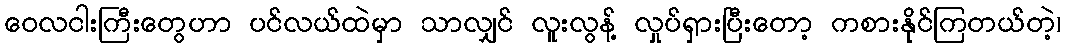
ဝေလငါးကြီးတွေဟာ ပင်လယ်ထဲမှာ သာလျှင် လူးလွန့် လှုပ်ရှားပြီးတော့ ကစားနိုင်ကြတယ်တဲ့၊